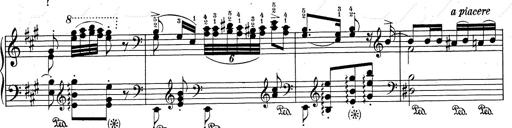
Title: RÃ©miniscences de Don Juan
Composer: Franz Liszt